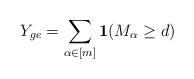
LaTeX: \begin{align*} Y_{ge} = \sum_{\alpha\in [m]}\mathbf{1}(M_{\alpha} \geq d)\end{align*}